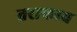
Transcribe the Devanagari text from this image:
तराफाच